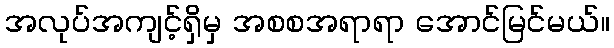
အလုပ်အကျင့်ရှိမှ အစစအရာရာ အောင်မြင်မယ်။